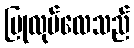
ပြုလုပ်လေသည်